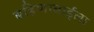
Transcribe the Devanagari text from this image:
बहिणाबाईला